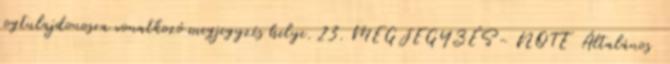
jogtulajdonosra vonatkozó megjegyzés helye. 23. MEGJEGYZÉS - NOTE Általános